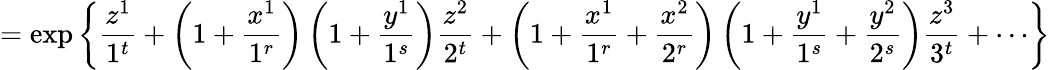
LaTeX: =\exp\left\{ \frac{{z}^{1}}{1^{t}}+\left(1+\frac{{x}^{1}}{1^{r}}\right)\left(1+\frac{{y}^{1}}{1^{s}}\right)\frac{{z}^{2}}{2^{t}}+\left(1+\frac{{x}^{1}}{1^{r}}+\frac{{x}^{2}}{2^{r}}\right)\left(1+\frac{{y}^{1}}{1^{s}}+\frac{{y}^{2}}{2^{s}}\right)\frac{{z}^{3}}{3^{t}}+\cdots\right\}